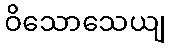
ဝိသောသေယျ